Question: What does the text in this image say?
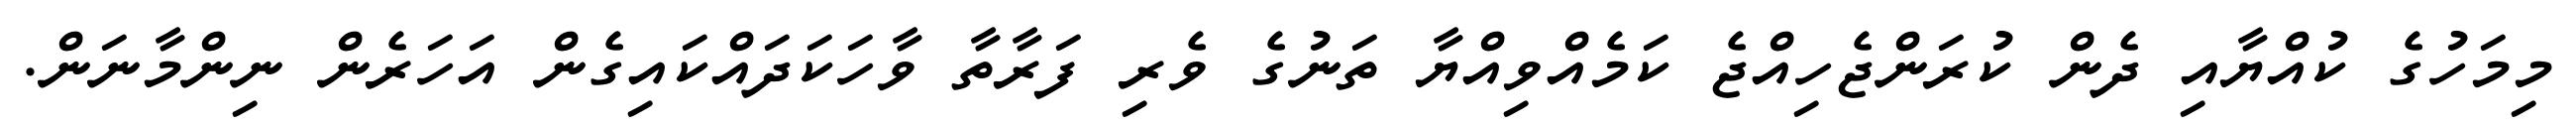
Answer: މިމަހުގެ ކުއްޔާއި ދެން ކުރަންޖެހިއްޖެ ކަމެއްވިއްޔާ ތަނުގެ ވެރި ފަރާތާ ވާހަކަދައްކައިގެން އަހަރެން ނިންމާނަން.